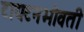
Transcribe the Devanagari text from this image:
टायटनभोवती